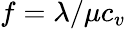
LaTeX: f=\lambda/\mu c_{v}